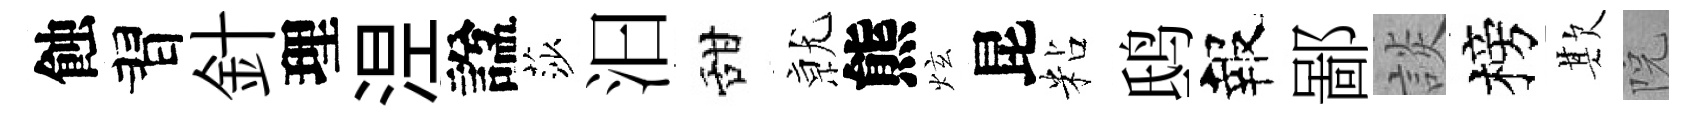
蝕習針理𣵀諡莎汩甜𭕒熊炫昆粘鸱報鄙談榜欺院